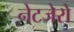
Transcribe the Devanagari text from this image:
नेटजेरो